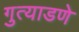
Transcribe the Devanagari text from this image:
गुत्याडणे